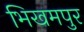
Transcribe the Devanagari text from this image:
भिखमपुर